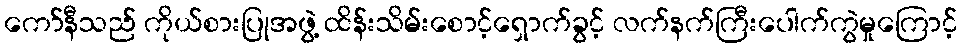
ကော်နီသည် ကိုယ်စားပြုအဖွဲ့ ထိန်းသိမ်းစောင့်ရှောက်ခွင့် လက်နက်ကြီးပေါက်ကွဲမှုကြောင့်